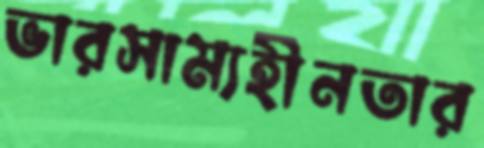
ভারসাম্যহীনতার